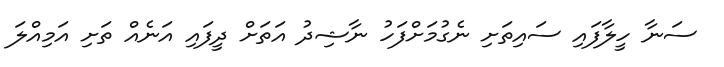
ސަނާ ހީލާފައި ސައިތަށި ނެގުމަށްފަހު ނާޝިދު އަތަށް ދީފައި އަނެއް ތަށި އަމިއްލަ